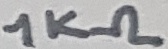
Text: 1KΩ